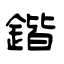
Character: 鍇